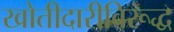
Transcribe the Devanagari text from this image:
खोतीदारीविरूद्ध